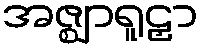
အဇ္ဈာရူဠှာ